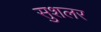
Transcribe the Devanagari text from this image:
सुशलर